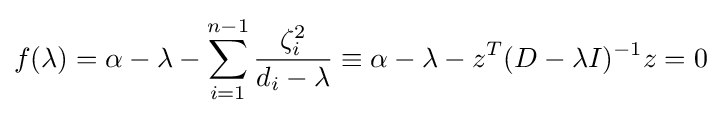
f(\lambda )=\alpha -\lambda -\sum _{i=1}^{n-1}{\frac {\zeta _{i}^{2}}{d_{i}-\lambda }}\equiv \alpha -\lambda -z^{T}(D-\lambda I)^{-1}z=0